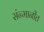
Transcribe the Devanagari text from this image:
संन्मानीत